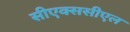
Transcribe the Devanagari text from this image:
सीएक्ससीएल